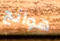
هوانج